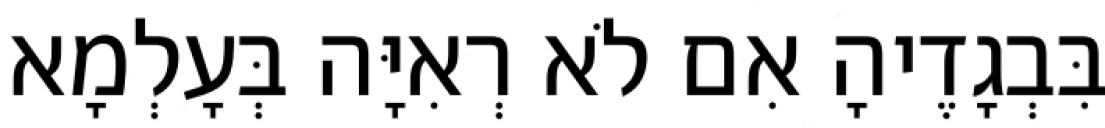
בִּבְגָדֶיהָ אִם לֹא רְאִיָּה בְּעָלְמָא